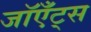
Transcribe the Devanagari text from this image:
जॉएँट्स